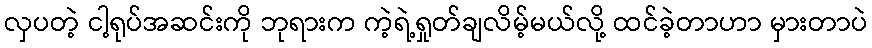
လှပတဲ့ ငါ့ရုပ်အဆင်းကို ဘုရားက ကဲ့ရဲ့ရှုတ်ချလိမ့်မယ်လို့ ထင်ခဲ့တာဟာ မှားတာပဲ